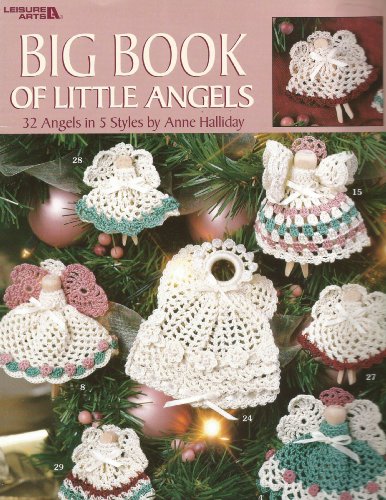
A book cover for Leisure Arts Big Book of Little Angels to Crochet #3022 (Leisure Arts, Leaflet 3022); Anne Halliday; Crafts, Hobbies & Home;